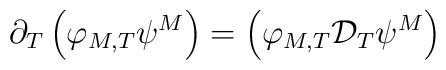
\partial_{T} \left( \varphi_{M,T}\psi^{M}\right)= \left( \varphi_{M,T}{\cal D}_{T}\psi^{M}\right)